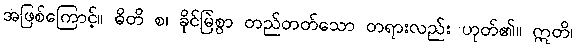
အဖြစ်ကြောင့်။ ဓိတိ စ၊ ခိုင်မြဲစွာ တည်တတ်သော တရားလည်း ဟုတ်၏။ ဣတိ၊